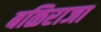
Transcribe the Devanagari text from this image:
बळिराजा